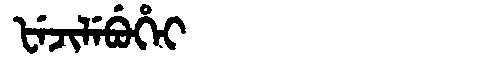
Manchu: ᡶᡝᠵᡳᠯᡝᠪᡠᡥᡝᡳ
Romanization: FEJILEBUHEI